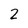
Character: 2